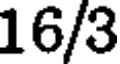
16/3